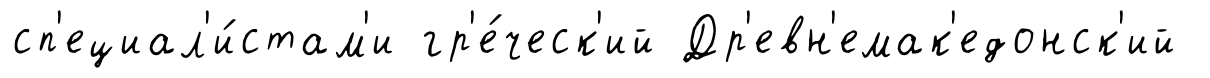
сп'ециал'и́стам'и гр'е́ческ'ий Др'евн'емак'едонск'ий